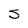
Character: S